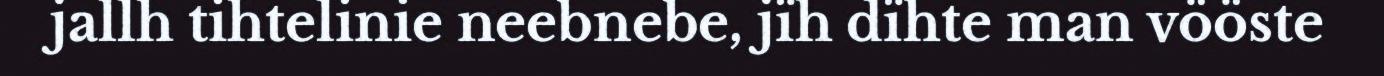
jallh tihtelinie neebnebe, jïh dïhte man vööste